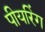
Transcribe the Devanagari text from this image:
पीयरिंग